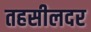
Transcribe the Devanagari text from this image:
तहसीलदर